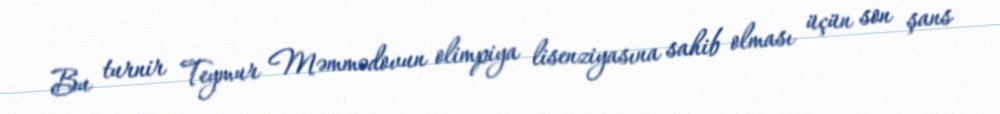
Bu turnir Teymur Məmmədovun olimpiya lisenziyasına sahib olması üçün son şans